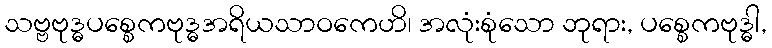
သဗ္ဗဗုဒ္ဓပစ္စေကဗုဒ္ဓအရိယသာဝကေဟိ၊ အလုံးစုံသော ဘုရား, ပစ္စေကဗုဒ္ဓါ,